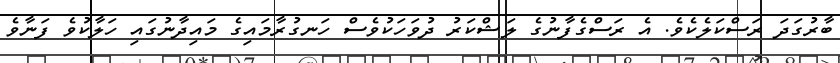
ބާރުގަދަ ރަސްކަލެކެވެ. އެ ރަސްގެފާނުގެ ލަޝްކަރު ދުވަހަކުވެސް ހަނގުރާމައިގެ މައިދާނުގައި ހަލާކުވެ ފަނާވެ